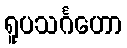
ရူပသင်္ဂဟော